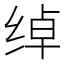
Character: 绰